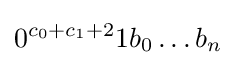
0^{c_{0}+c_{1}+2}1b_{0}\dots b_{n}